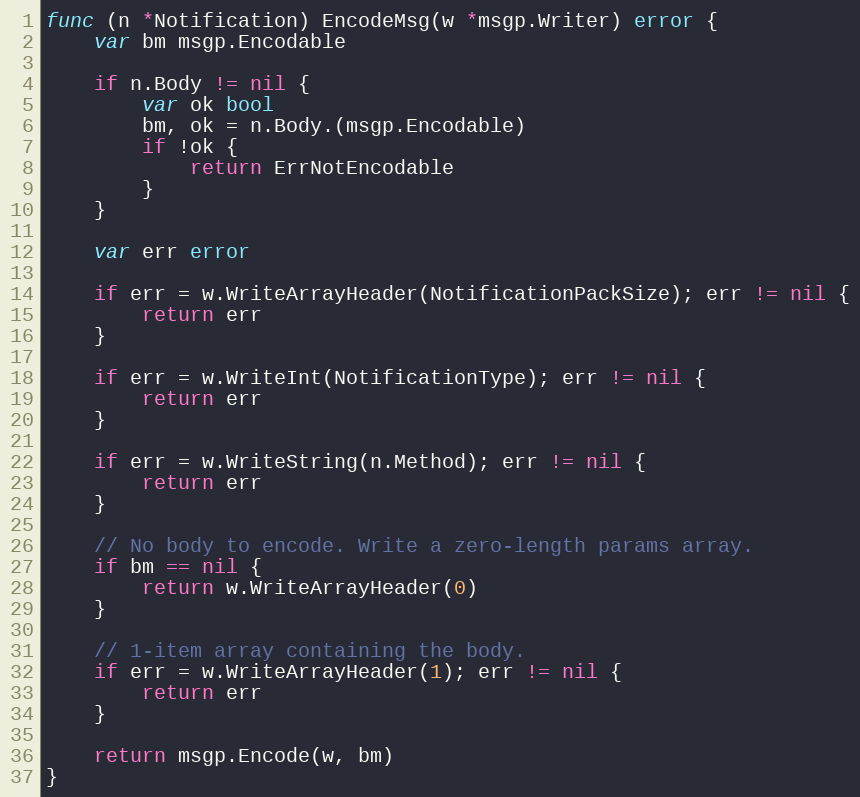
Language: Go
func (n *Notification) EncodeMsg(w *msgp.Writer) error {
	var bm msgp.Encodable

	if n.Body != nil {
		var ok bool
		bm, ok = n.Body.(msgp.Encodable)
		if !ok {
			return ErrNotEncodable
		}
	}

	var err error

	if err = w.WriteArrayHeader(NotificationPackSize); err != nil {
		return err
	}

	if err = w.WriteInt(NotificationType); err != nil {
		return err
	}

	if err = w.WriteString(n.Method); err != nil {
		return err
	}

	// No body to encode. Write a zero-length params array.
	if bm == nil {
		return w.WriteArrayHeader(0)
	}

	// 1-item array containing the body.
	if err = w.WriteArrayHeader(1); err != nil {
		return err
	}

	return msgp.Encode(w, bm)
}